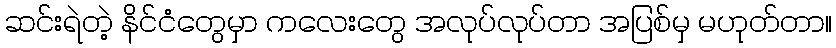
ဆင်းရဲတဲ့ နိင်ငံတွေမှာ ကလေးတွေ အလုပ်လုပ်တာ အပြစ်မှ မဟုတ်တာ။